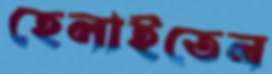
হেলাইতেন